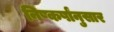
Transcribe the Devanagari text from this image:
निष्कर्षांनुसार